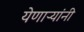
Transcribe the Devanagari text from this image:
येणाऱ्यांनी